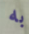
به